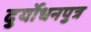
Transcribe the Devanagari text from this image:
दुर्योधनपुत्र